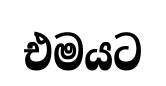
එමයට